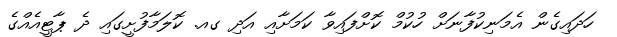
ހަދައިގެން އެމަނިކުފާނަށް ހުކުމް ކޮށްފައިވާ ކަމަށާއި އަދި ގއ. ކޮލަމާފުށީގައި ދެ ޕާޓީއެއްގެ